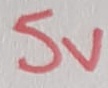
Text: 5V